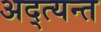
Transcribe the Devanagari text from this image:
अद्त्यन्त